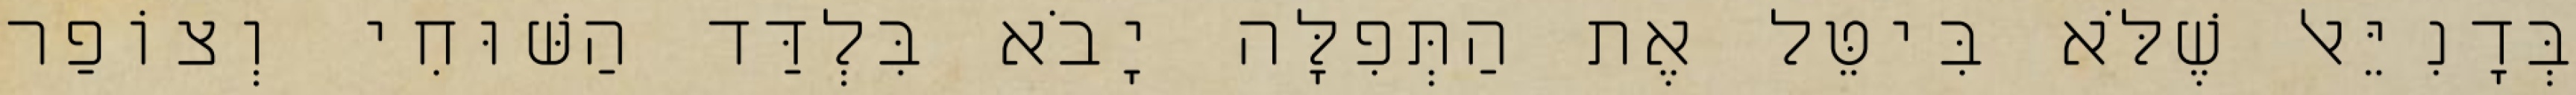
בְּדָנִיֵּאל שֶׁלֹּא בִּיטֵּל אֶת הַתְּפִלָּה יָבֹא בִּלְדַּד הַשּׁוּחִי וְצוֹפַר